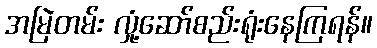
အမြဲတမ်း လှုံ့ဆော်စည်းရုံးနေကြရန်။